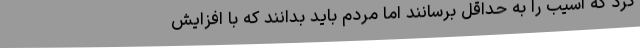
کرد که آسیب را به حداقل برسانند اما مردم باید بدانند که با افزایش